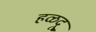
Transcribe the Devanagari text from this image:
हळदू